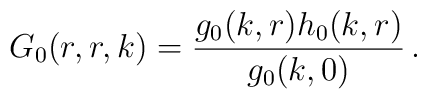
G_0(r,r,k) = \frac{g_0(k,r) h_0(k,r)} {g_0(k,0)}\,.